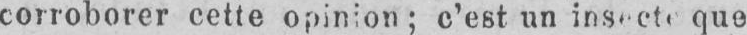
que